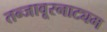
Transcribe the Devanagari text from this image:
तन्‍जावूरनाट्यम